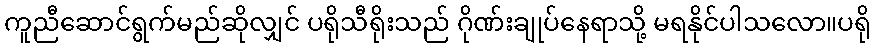
ကူညီဆောင်ရွက်မည်ဆိုလျှင် ပရိုသီရိုးသည် ဂိုဏ်းချုပ်နေရာသို့ မရနိုင်ပါသလော။ပရို